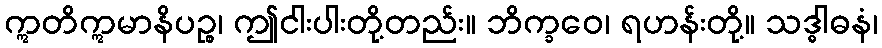
ဣတိဣမာနိပဉ္စ၊ ဤငါးပါးတို့တည်း။ ဘိက္ခဝေ၊ ရဟန်းတို့။ သဒ္ဓါဓနံ၊